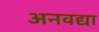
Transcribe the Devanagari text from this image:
अनवद्या